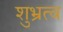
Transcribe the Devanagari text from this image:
शुभ्रत्व